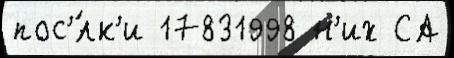
пос'́лк'и 17831998 н'их СА